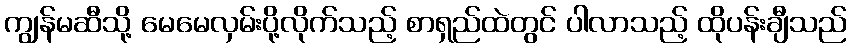
ကျွန်မဆီသို့ မေမေလှမ်းပို့လိုက်သည့် စာရှည်ထဲတွင် ပါလာသည့် ထိုပန်းချီသည်